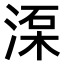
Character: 𣸺